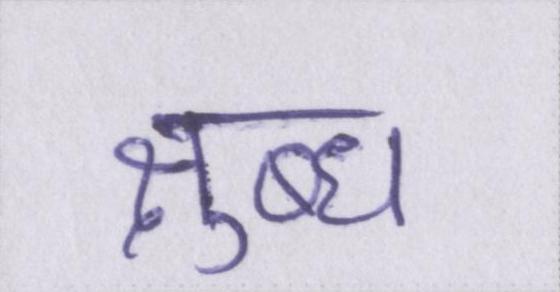
क्षुब्ध